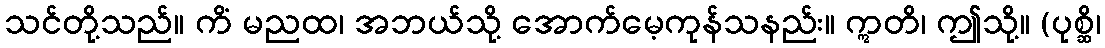
သင်တို့သည်။ ကိံ မညထ၊ အဘယ်သို့ အောက်မေ့ကုန်သနည်း။ ဣတိ၊ ဤသို့။ (ပုစ္ဆိ၊